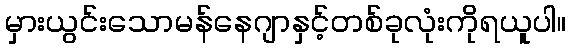
မှားယွင်းသောမန်နေဂျာနှင့်တစ်ခုလုံးကိုရယူပါ။